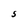
Character: S